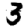
Digit: 3